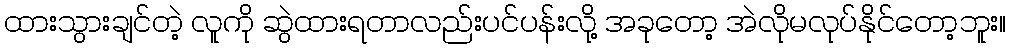
ထားသွားချင်တဲ့ လူကို ဆွဲထားရတာလည်းပင်ပန်းလို့ အခုတော့ အဲလိုမလုပ်နိုင်တော့ဘူး။